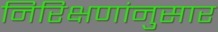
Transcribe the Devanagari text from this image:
निरिक्षणांनुसार